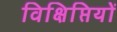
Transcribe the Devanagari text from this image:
विक्षिप्तियों